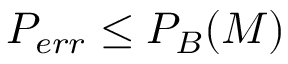
P _ { e r r } \leq P _ { B } ( M )